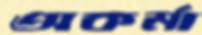
অকর্মা